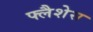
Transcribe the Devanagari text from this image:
फ्लैशेस